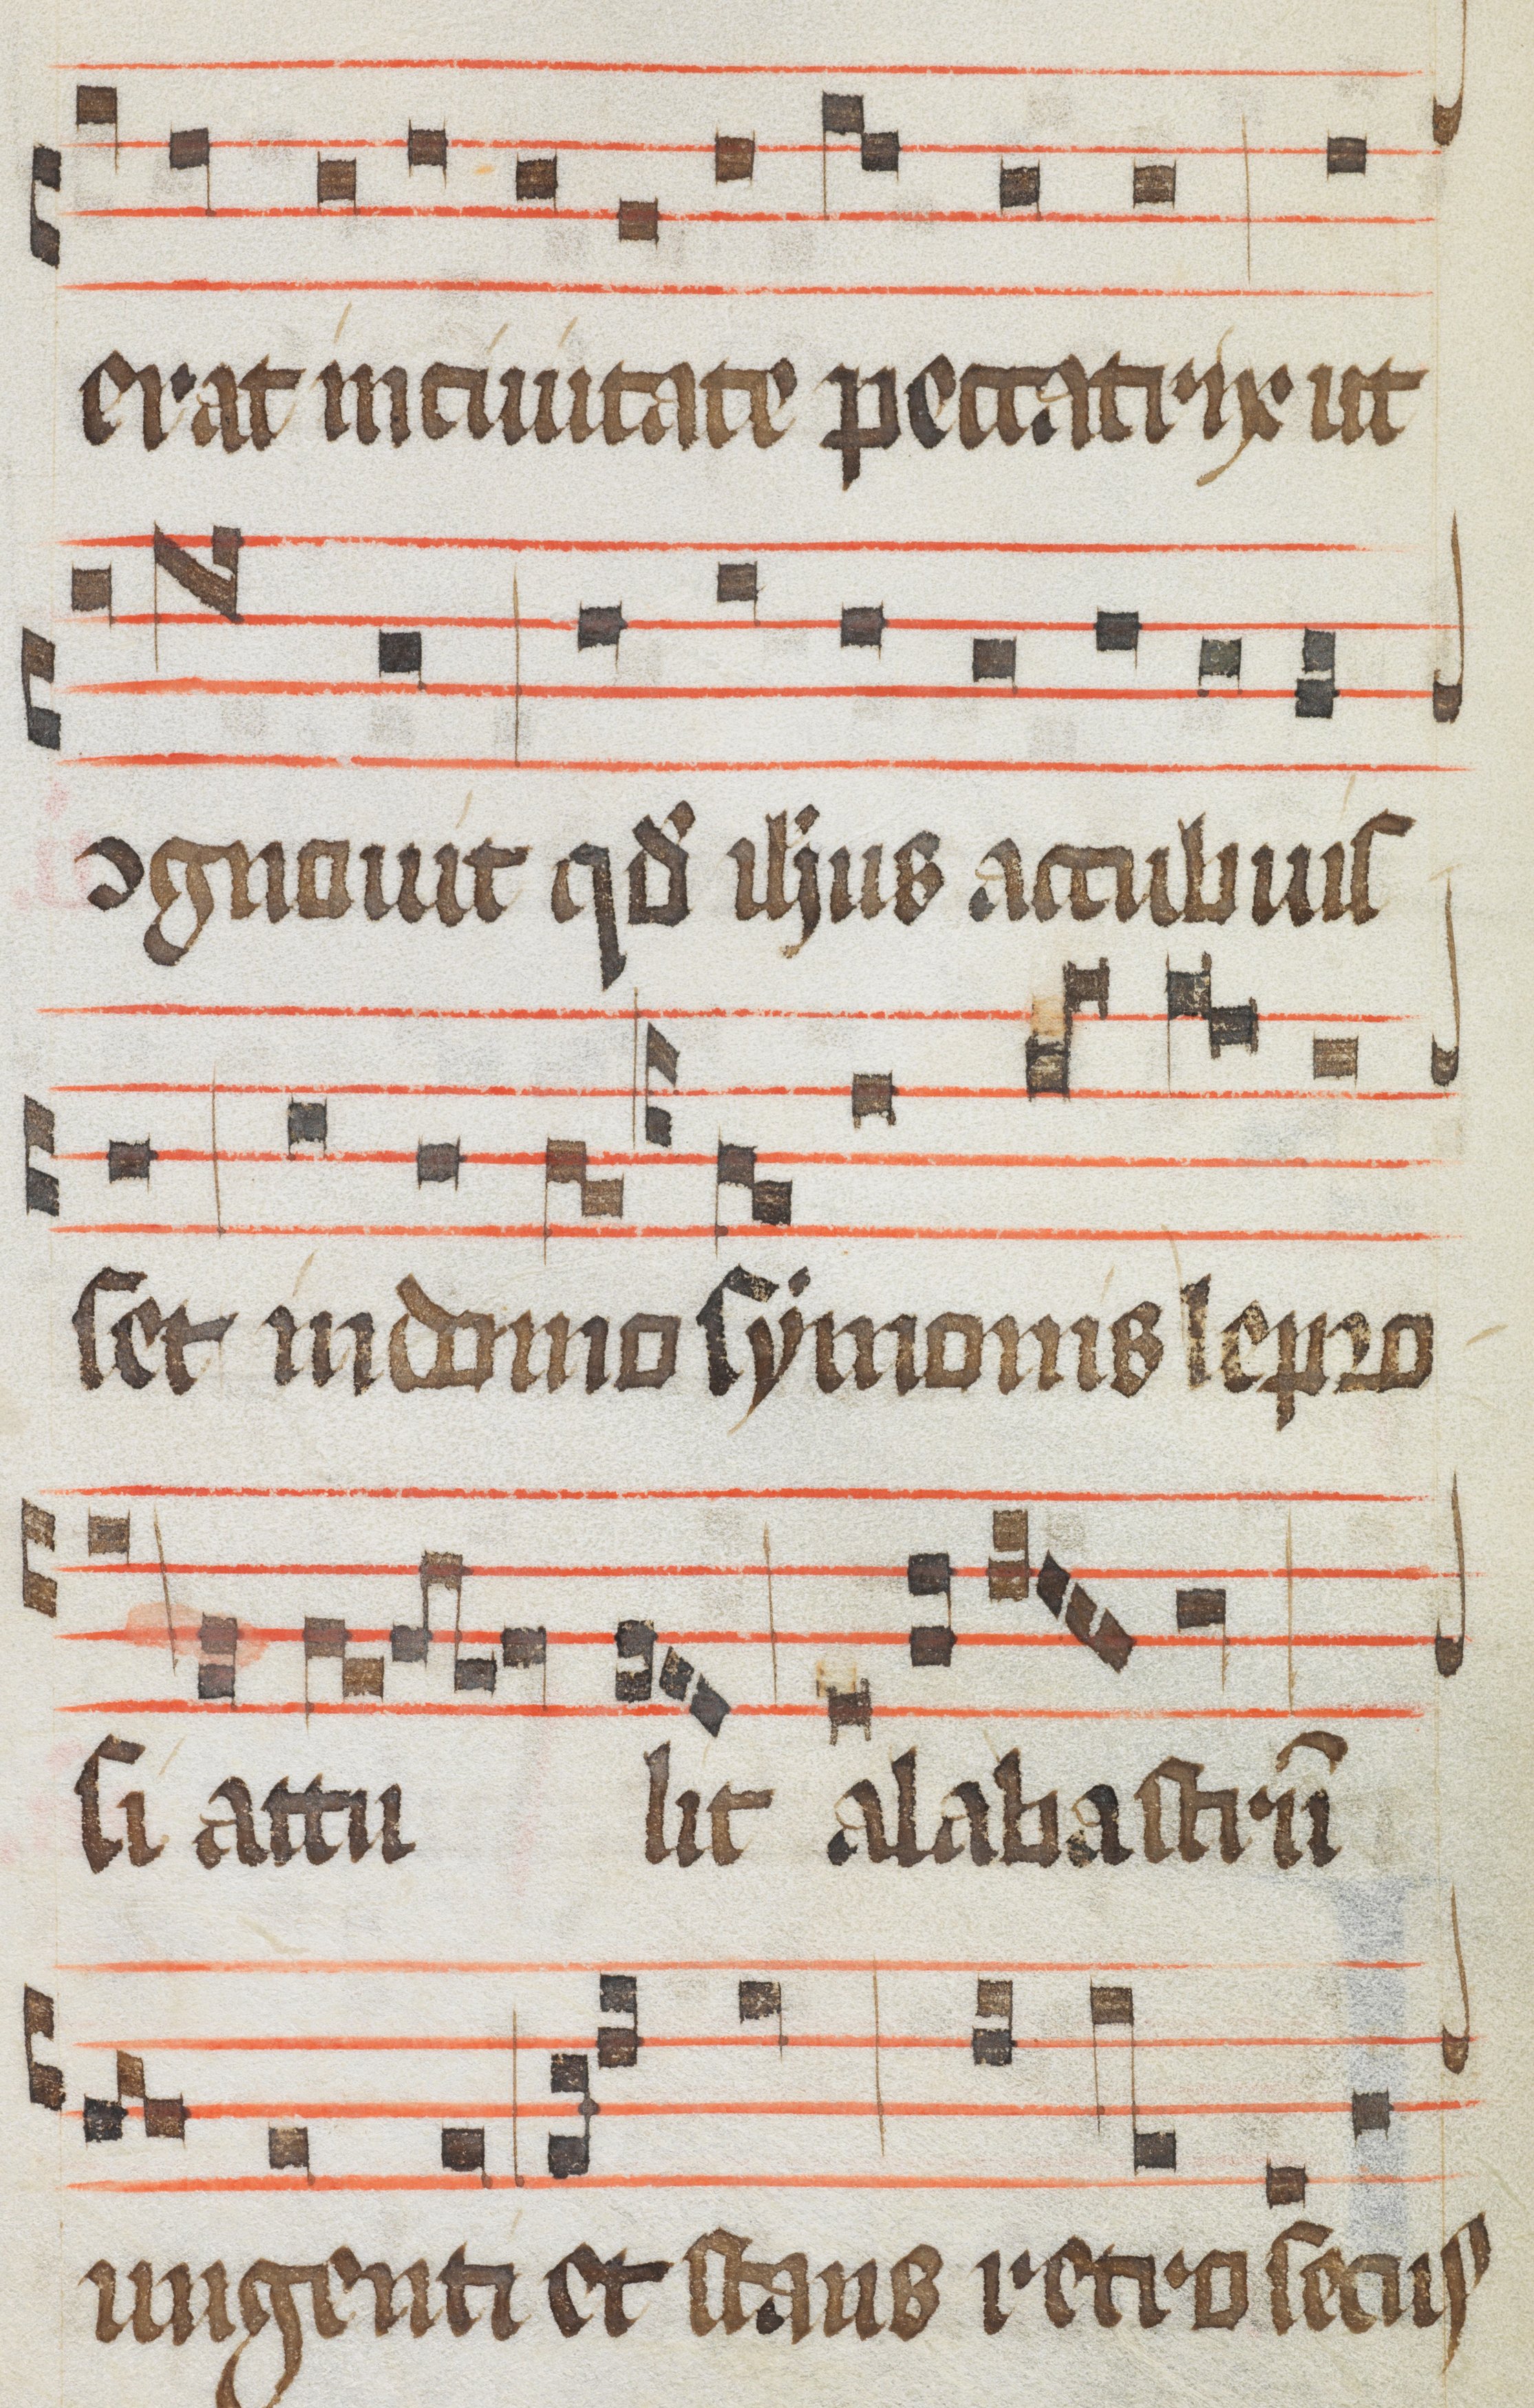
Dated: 1484–1487